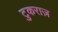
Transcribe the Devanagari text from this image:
टुकराज़